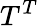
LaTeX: T^{T}